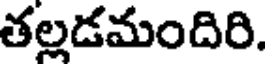
తల్లడమందిరి.